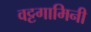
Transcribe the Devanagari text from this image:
वट्टगामिनी